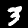
Digit: 3